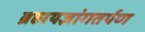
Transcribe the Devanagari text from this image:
ब्रह्मयज्ञांगतर्पण